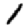
Digit: 1